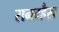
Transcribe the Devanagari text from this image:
रानम्हैस